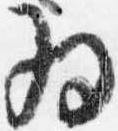
為